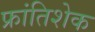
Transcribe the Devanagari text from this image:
फ्रांतिशेक